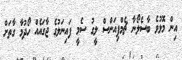
އިން މޮޅުވެ ބާސެލޯނާ ޗެމްޕިއަންސް ލީގު ސެމީ ފައިނަލުގެ ޖާގައެއް ހޯދުމާ ގާތަށް